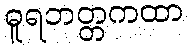
ဓူရဘတ္တကထာ